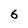
Character: 6